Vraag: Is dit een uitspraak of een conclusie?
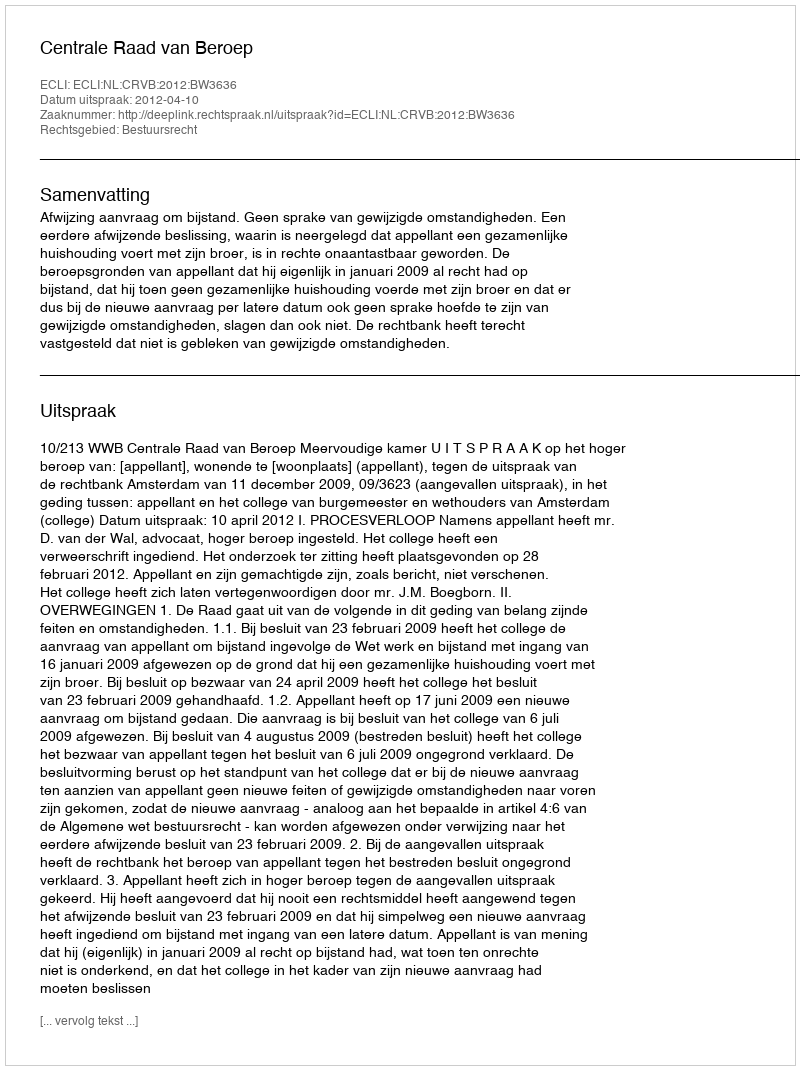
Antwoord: Uitspraak